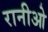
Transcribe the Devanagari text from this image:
रानीओ